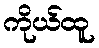
ကိုယ်ထူ